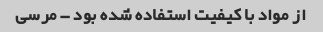
از مواد با کیفیت استفاده شده بود - مرسی